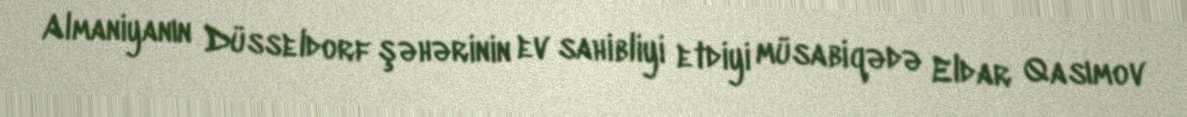
Almaniyanın Düsseldorf şəhərinin ev sahibliyi etdiyi müsabiqədə Eldar Qasımov